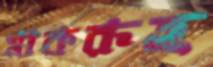
মাকরূহ